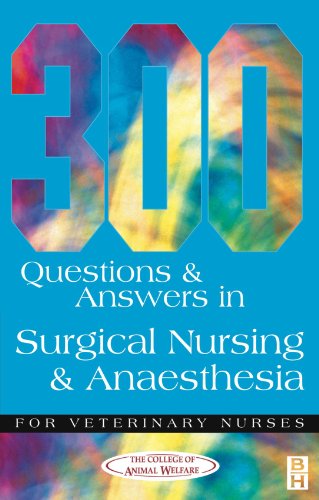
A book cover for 300 Questions and Answers in Surgical Nursing and Anaesthesia for Veterinary Nurses, 1e (Veterinary Nursing); CAW; Medical Books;